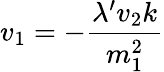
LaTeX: v_{1}=-{\frac{\lambda^{\prime}v_{2}k}{m_{1}^{2}}}